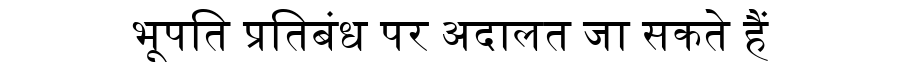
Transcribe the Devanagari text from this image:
भूपति प्रतिबंध पर अदालत जा सकते हैं